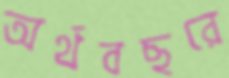
অর্থবছরে